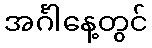
အင်္ဂါနေ့တွင်